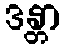
ဒန္တာ